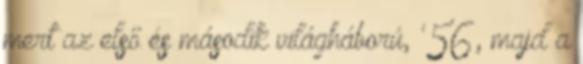
mert az első és második világháború, '56, majd a